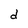
Character: d